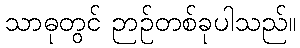
သာဓုတွင် ဉာဉ်တစ်ခုပါသည်။